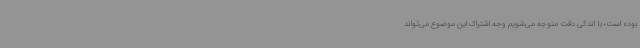
بوده است؛ با اندکی دقت متوجه می‌شویم وجه اشتراک این موضوع می‌تواند